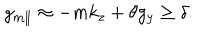
LaTeX: g _ { m \parallel } \approx - m k _ { z } + \theta g _ { y } \geq \delta .